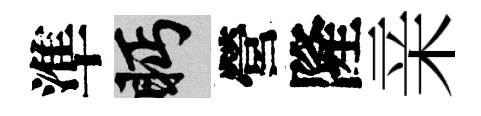
準眄營隆亲